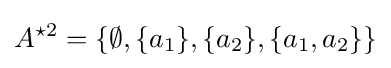
A^{\star 2}=\{\emptyset ,\{a_{1}\},\{a_{2}\},\{a_{1},a_{2}\}\}